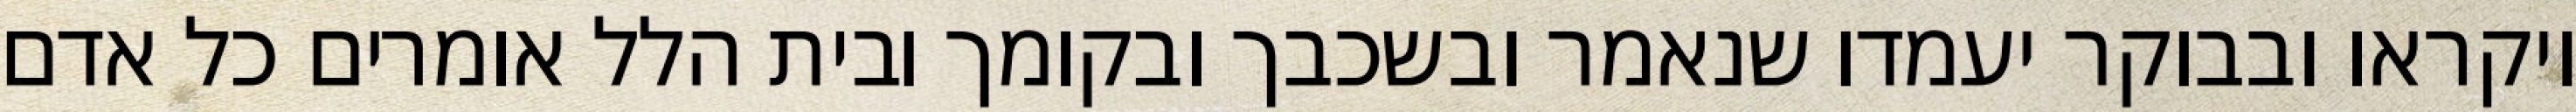
ויקראו ובבוקר יעמדו שנאמר ובשכבך ובקומך ובית הלל אומרים כל אדם